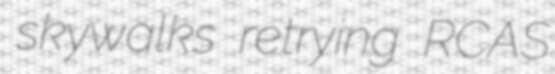
skywalks retrying RCAS